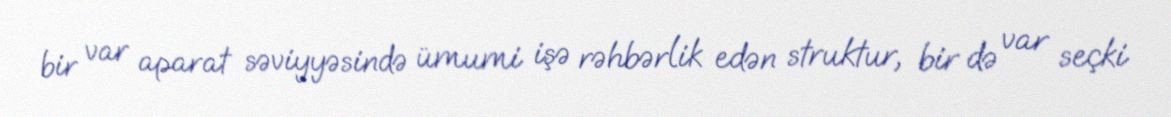
bir var aparat səviyyəsində ümumi işə rəhbərlik edən struktur, bir də var seçki